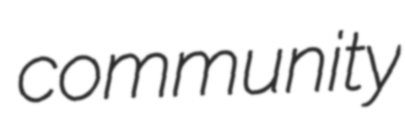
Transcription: community